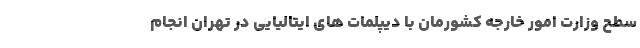
سطح وزارت امور خارجه کشورمان با دیپلمات های ایتالیایی در تهران انجام